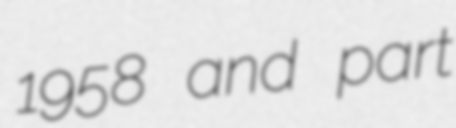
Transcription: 1958 and part